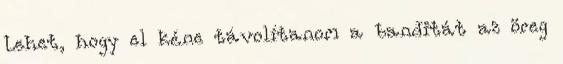
Lehet, hogy el kéne távolítanom a banditát az öreg